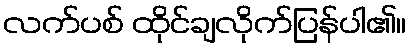
လက်ပစ် ထိုင်ချလိုက်ပြန်ပါ၏။